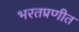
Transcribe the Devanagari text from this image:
भरतप्रणीत